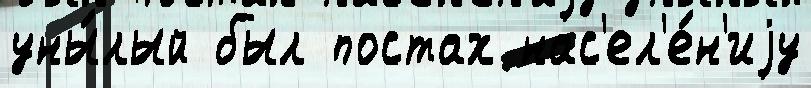
уны́лый был постах нас'ел'е́н'иjу